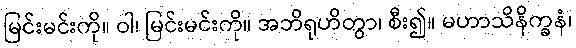
မြင်းမင်းကို။ ဝါ၊ မြင်းမင်းကို။ အဘိရုဟိတွာ၊ စီး၍။ မဟာသိနိက္ခနံ၊